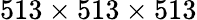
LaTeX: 513\times 513\times 513